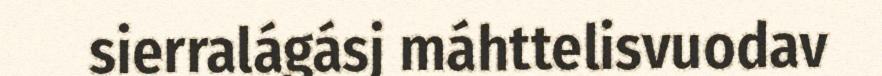
sierralágásj máhttelisvuodav